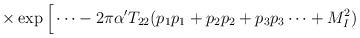
LaTeX: \begin{align*}\times \exp \Big[ \cdots - 2 \pi \alpha^{\prime} T_{22} ( p_1 p_1 + p_2 p_2 + p_3 p_3 \cdots + M_I^2 )\end{align*}